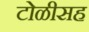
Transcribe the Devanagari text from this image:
टोळीसह